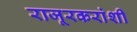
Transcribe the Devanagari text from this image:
राजूरकरांशी